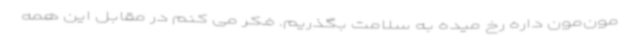
مون‌مون داره رخ میده به سلامت بگذریم. فکر می کنم در مقابل این همه